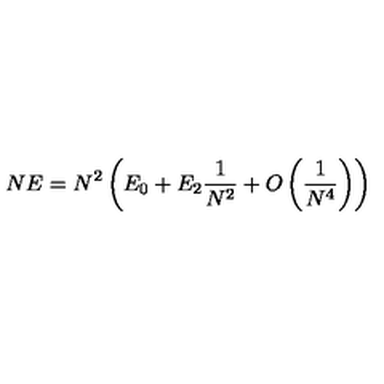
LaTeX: N E = N ^ { 2 } \left( E _ { 0 } + E _ { 2 } \frac { 1 } { N ^ { 2 } } + O \left( \frac { 1 } { N ^ { 4 } } \right) \right)